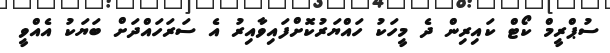
ސުޕްރީމް ކޯޓް ކައިރިން ދެ މީހަކު ހައްޔަރުކޮށްފައިވާއިރު އެ ސަރަހައްދަށް ބަޔަކު އެއްވީ